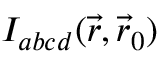
{ \cal I } _ { a b c d } ( \vec { r } , \vec { r } _ { 0 } )